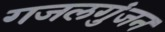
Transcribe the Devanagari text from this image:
गजलगुंजन